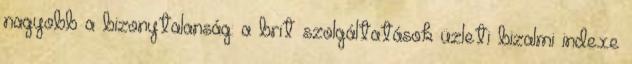
nagyobb a bizonytalanság: a brit szolgáltatások üzleti bizalmi indexe